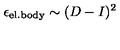
\epsilon _ { \mathrm { e l . b o d y } } \sim ( D - I ) ^ { 2 }